Annual statistical returns and brief notes on vaccination in Bengal - 1909-1929
Year: 1909
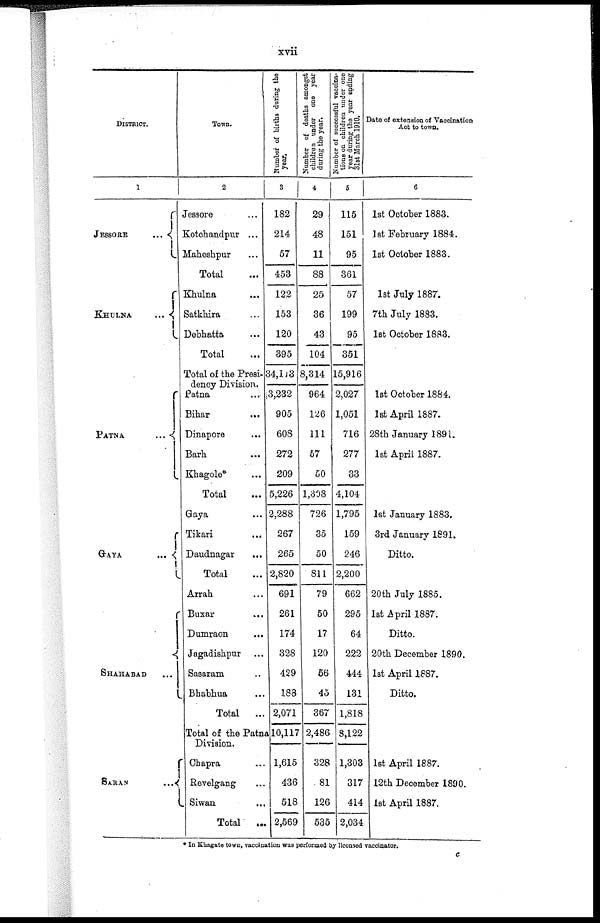
xvii
DISTRICT.
1
JESSORE...
...
KHULNA...
...
PATNA...
GAYA...
...
SHAHABAD...
SARAN
...
Town.
2
Jessore... ...
Kotchandpur... ...
Maheshpur... ...
Total...
Khulna... ...
Satkhira... ...
Debhatta... ...
Total...
Total of the Presi-
dency Division.
Patna... ...
Bihar...
...
Dinapore... ...
Barh...
...
Khagole* ... ...
Total...
Gaya... ...
Tikari...
Daudnagar... ...
Total...
Arrah... ...
Buxar...
...
Dumraon... ...
Jagadishpur... ...
Sasaram... ...
Bhabhua... ...
Total...
Total of the Patna
Chapra... ...
Revelgang... ...
Siwan... ...
Total
...
Number of births during the
year.
3
182
214
57
453
122
153
120
395
34,103
3,232
905
608
272
209
5,226
2,288
267
265
2,820
691
261
174
328
429
188
2,071
10,117
1,615
436
518
2,569
Number of deaths amongst
children under one year
during the year.
4
29
48
11
88
25
36
43
104
8,314
964
126
111
57
50
1,308
726
35
50
811
79
50
17
120
56
45
367
2,486
328
81
126
535
Number of successful vaccina-
tions on children under one
year during the year ending
31st March 1910.
5
115
151
95
361
57
199
95
351
15,916
2,027
1,051
716
277
33
4,104
1,795
159
246
2,200
662
295
64
222
444
131
1,818
8,122
1,303
317
414
2,034
Date of extension of Vaccination
Act to town.
6
1st October 1883.
1st February 1884.
1st October 1883.
1st July 1887.
7th July 1883.
1st October 1883.
1st October 1884.
1st April 1887.
28th January 1891.
1st April 1887.
1st January 1883.
3rd January 1891.
Ditto.
20th July 1885.
1st April 1887.
Ditto.
20th December 1890.
1st April 1887.
Ditto.
1st April 1887.
12th December 1890.
1st April 1887.
* In Khagate town, vaccination was performed by licensed vaccinator.
c